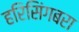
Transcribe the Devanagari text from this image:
हरिसिंगबरा